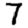
Digit: 7